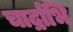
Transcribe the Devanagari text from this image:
चार्द्राभि